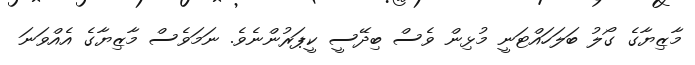
މާޒިޔާގެ ގޯލު ބަލަހައްޓަނީ މުޅިން ވެސް ބިދޭސީ ކީޕަރުންނެވެ. ނަމަވެސް މާޒިޔާގެ އެއްވަނަ